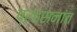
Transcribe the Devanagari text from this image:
प्रहसनांत